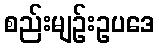
စည်းမျဉ်းဥပဒေ